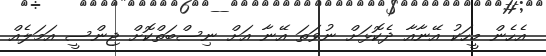
އެހެން މީހަކު އޭނާއާ ދެކޮޅަށް ނުވަތަ އޭނާ އަށް ނިސްބަތްކޮށް ޖިންސީ އަމަލެއް